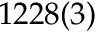
1 2 2 8 ( 3 )